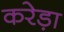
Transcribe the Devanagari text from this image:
करेड़ा